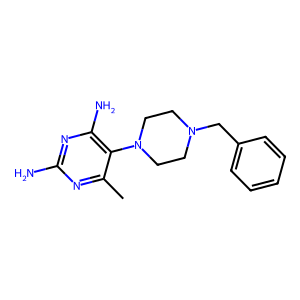
SMILES: Cc1nc(N)nc(N)c1N1CCN(Cc2ccccc2)CC1
Inhibits HIV replication: No